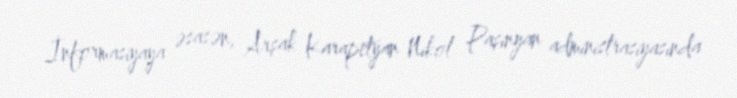
İnformasiyaya əsasən, Arşak Karapetyan Nikol Paşinyan administrasiyasında